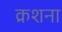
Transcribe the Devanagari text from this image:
क्रशना